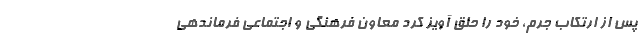
پس از ارتکاب جرم، خود را حلق آویز کرد معاون فرهنگی و اجتماعی فرماندهی